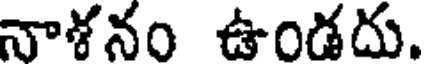
నాశనం ఉండదు.